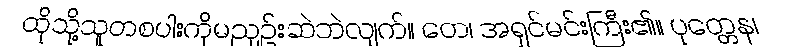
ထိုသို့သူတစပါးကိုမညှဉ်းဆဲဘဲလျက်။ တေ၊ အရှင်မင်းကြီး၏။ ပုတ္တေန၊